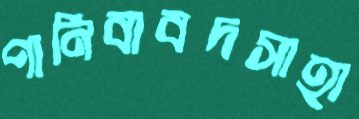
পানিবাবদসাহা